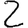
Digit: 2